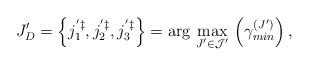
LaTeX: \begin{align*}J'_{D}=\left\{ j_{1}^{'\ddagger},j_{2}^{'\ddagger},j_{3}^{'\ddagger}\right\} =\arg\,\max_{J'\in\mathcal{J}'}\,\left(\gamma_{min}^{\left(J'\right)}\right),\end{align*}